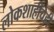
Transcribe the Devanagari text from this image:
लोकशाहीचेही